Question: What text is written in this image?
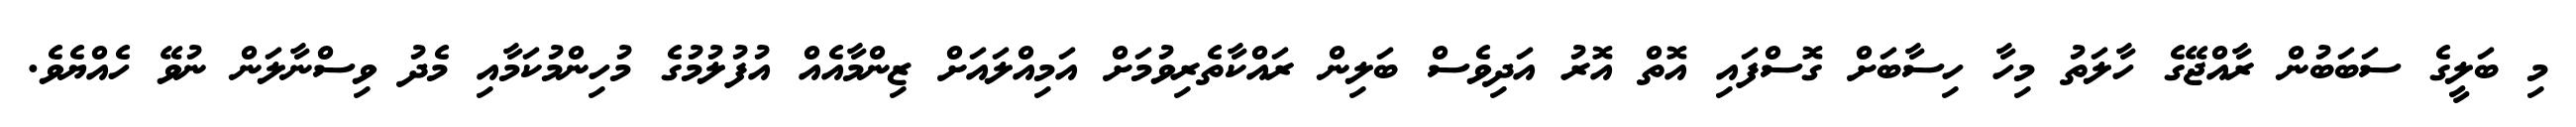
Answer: މި ބަލީގެ ސަބަބުން ރާއްޖޭގެ ހާލަތު މިހާ ހިސާބަށް ގޮސްފައި އޮތް އޮރު އަދިވެސް ބަލިން ރައްކާތެރިވުމަށް އަމިއްލައަށް ޒިންމާއެއް އުފުލުމުގެ މުހިންމުކަމާއި މެދު ވިސްނާލަން ނުވޭ ހެއްޔެވެ.